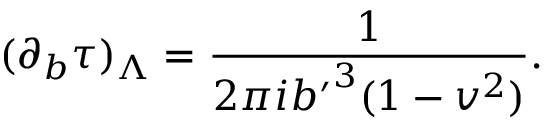
( \partial _ { b } \tau ) _ { \Lambda } = { \frac { 1 } { 2 \pi i { b ^ { \prime } } ^ { 3 } ( 1 - v ^ { 2 } ) } } .